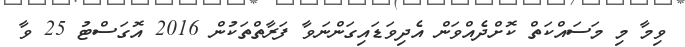
ވިމާ މި މަސައްކަތް ކޮށްދެއްވަން އެދިވަޑައިގަންނަވާ ފަރާތްތަކުން 2016 އޮގަސްޓު 25 ވާ